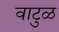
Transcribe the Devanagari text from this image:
वाटुळ